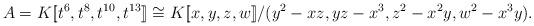
LaTeX: \begin{align*}A=K[\![t^6,t^8,t^{10},t^{13}]\!]\cong K[\![x,y,z,w]\!]/(y^2-xz,yz-x^3,z^2-x^2y,w^2-x^3y). \end{align*}